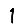
Digit: 1